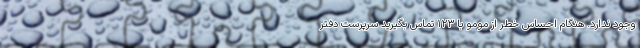
وجود ندارد. هنگام احساس خطر از مومو با ۱۲۳ تماس بگیرید سرپرست دفتر